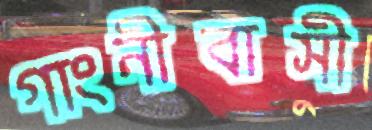
গাংনীবাসী